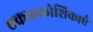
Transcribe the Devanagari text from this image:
एकककोशिकाएँ